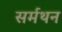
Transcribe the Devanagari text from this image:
सर्मथन